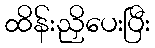
ထိန်းညှိပေးပြီး